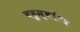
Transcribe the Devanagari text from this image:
बहुस्वरीय